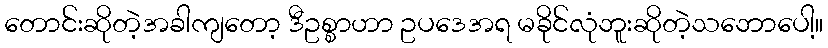
တောင်းဆိုတဲ့အခါကျတော့ ဒီဥစ္စာဟာ ဥပဒေအရ မခိုင်လုံဘူးဆိုတဲ့သဘောပေါ့။